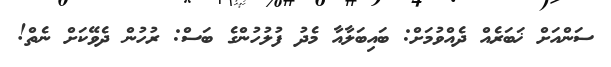
ސަންއަށް ޚަބަރެއް ދެއްވުމަށް: ބައިބަލާއާ މެދު ފުލުހުންގެ ބަސް: ރުހުން ދެވޭކަށް ނެތް!